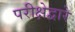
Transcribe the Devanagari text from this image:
परीक्षेद्वारे